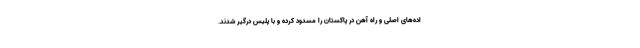
اده‌های اصلی و راه آهن در پاکستان را مسدود کرده و با پلیس درگیر شدند.